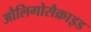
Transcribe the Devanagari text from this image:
औलिगोसैक्राइड